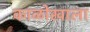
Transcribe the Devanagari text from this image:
काळोखाला